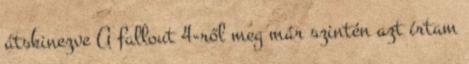
átskinezve A fallout 4-ről meg már szintén azt írtam